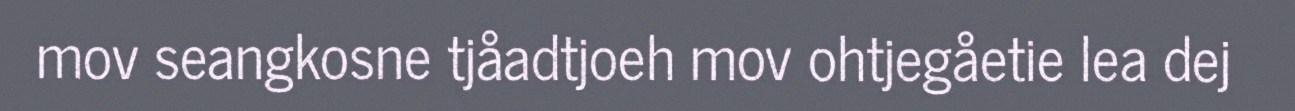
mov seangkosne tjåadtjoeh mov ohtjegåetie lea dej